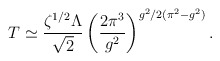
\begin{align*} T \simeq \frac{\zeta^{1/2}\Lambda}{\sqrt{2}}\left(\frac{2\pi^3}{g^2}\right)^{g^2/2(\pi^2 - g^2)}.\end{align*}